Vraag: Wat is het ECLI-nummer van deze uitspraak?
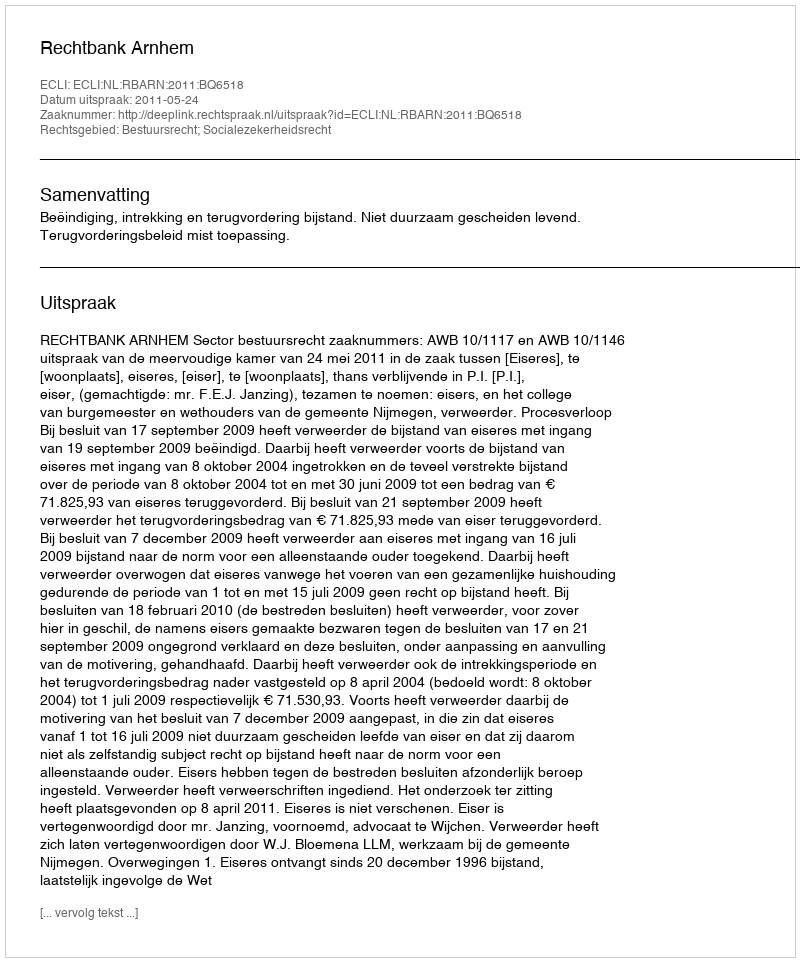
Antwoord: ECLI:NL:RBARN:2011:BQ6518